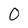
Character: 0